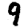
Digit: 9